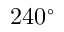
2 4 0 ^ { \circ }